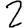
Digit: 2